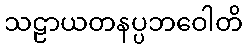
သဠာယတနပ္ပဘဝေါတိ